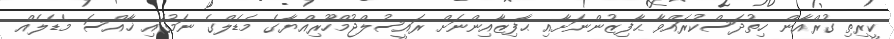
ކީރިތި ގުރްއާން ހިތުދަސްކުރައްވާ ޙާފިޒުންނަށާއި ޙާފިޒާއިންނަށް ރައީސުލްޖުމްހޫރިއްޔާގެ މެޑެލްގެ ނަމުގައި ޚާއްސަ މެޑެލެއް